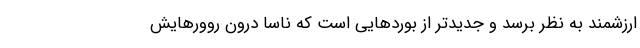
ارزشمند به نظر برسد و جدیدتر از بوردهایی است که ناسا درون روورهایش